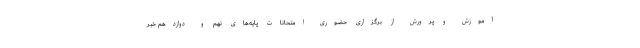
آموزش و پرورش از برگزاری حضوری امتحانات پایه‌های نهم و دوازدهم خبر